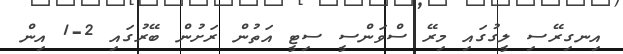
އިނގިރޭސި ލީގުގައި މިރޭ ސްވަންސީ ސިޓީ އަތުން ރަށުން ބޭރުގައި 2-1 އިން